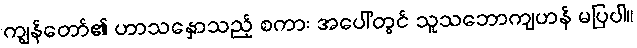
ကျွန်တော်၏ ဟာသနှောသည့် စကား အပေါ်တွင် သူသဘောကျဟန် မပြပါ။